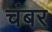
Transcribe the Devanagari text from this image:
चंबर